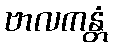
ဗာလကန္တံ